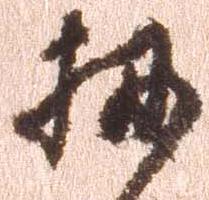
扨